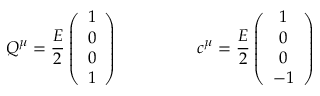
Q ^ { \mu } = \frac { E } { 2 } \left( \begin{array} { c } { { 1 } } \\ { { 0 } } \\ { { 0 } } \\ { { 1 } } \end{array} \right) ~ ~ ~ ~ ~ ~ ~ ~ ~ ~ ~ ~ ~ ~ c ^ { \mu } = \frac { E } { 2 } \left( \begin{array} { c } { { 1 } } \\ { { 0 } } \\ { { 0 } } \\ { { - 1 } } \end{array} \right)